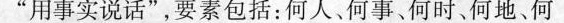
”用事实说话”，要素包括：何人、何事、何时、何地、何